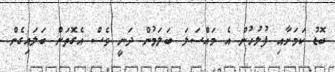
ބޮޑު ކަމަށާއި ފުލުހުން އެ މައްސަލަ ބަލަމުން ދަނީ ވެސް އެގޮތަށް ބަލައިގެން